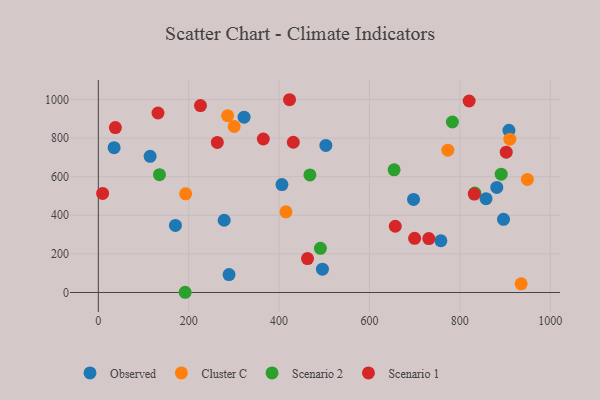
{"axis": {"x": "Price", "y": "Demand"}, "legend": ["Cluster C", "Observed", "Scenario 1", "Scenario 2"], "data": [{"x": "278.5", "y": 374.2, "type": "Observed"}, {"x": "881.7", "y": 544.3, "type": "Observed"}, {"x": "503.5", "y": 761.7, "type": "Observed"}, {"x": "34.9", "y": 750.5, "type": "Observed"}, {"x": "170.6", "y": 347.3, "type": "Observed"}, {"x": "857.9", "y": 486.0, "type": "Observed"}, {"x": "758.0", "y": 268.1, "type": "Observed"}, {"x": "896.6", "y": 379.0, "type": "Observed"}, {"x": "114.6", "y": 705.2, "type": "Observed"}, {"x": "697.5", "y": 482.1, "type": "Observed"}, {"x": "495.9", "y": 120.8, "type": "Observed"}, {"x": "322.5", "y": 908.4, "type": "Observed"}, {"x": "289.2", "y": 92.6, "type": "Observed"}, {"x": "406.3", "y": 559.2, "type": "Observed"}, {"x": "908.6", "y": 840.1, "type": "Observed"}, {"x": "935.6", "y": 44.8, "type": "Cluster C"}, {"x": "300.6", "y": 860.1, "type": "Cluster C"}, {"x": "910.6", "y": 794.3, "type": "Cluster C"}, {"x": "415.2", "y": 417.9, "type": "Cluster C"}, {"x": "949.4", "y": 585.8, "type": "Cluster C"}, {"x": "773.4", "y": 737.3, "type": "Cluster C"}, {"x": "286.2", "y": 915.9, "type": "Cluster C"}, {"x": "193.2", "y": 511.3, "type": "Cluster C"}, {"x": "192.1", "y": 1.1, "type": "Scenario 2"}, {"x": "135.3", "y": 610.3, "type": "Scenario 2"}, {"x": "783.5", "y": 883.4, "type": "Scenario 2"}, {"x": "891.5", "y": 613.0, "type": "Scenario 2"}, {"x": "654.5", "y": 635.7, "type": "Scenario 2"}, {"x": "833.1", "y": 514.9, "type": "Scenario 2"}, {"x": "468.2", "y": 608.9, "type": "Scenario 2"}, {"x": "491.4", "y": 228.8, "type": "Scenario 2"}, {"x": "263.3", "y": 777.3, "type": "Scenario 1"}, {"x": "423.1", "y": 998.7, "type": "Scenario 1"}, {"x": "820.5", "y": 992.0, "type": "Scenario 1"}, {"x": "431.4", "y": 778.4, "type": "Scenario 1"}, {"x": "699.9", "y": 280.4, "type": "Scenario 1"}, {"x": "226.0", "y": 968.6, "type": "Scenario 1"}, {"x": "462.9", "y": 175.6, "type": "Scenario 1"}, {"x": "365.1", "y": 795.3, "type": "Scenario 1"}, {"x": "731.3", "y": 279.4, "type": "Scenario 1"}, {"x": "831.8", "y": 510.0, "type": "Scenario 1"}, {"x": "9.5", "y": 513.4, "type": "Scenario 1"}, {"x": "902.6", "y": 726.7, "type": "Scenario 1"}, {"x": "37.7", "y": 854.4, "type": "Scenario 1"}, {"x": "657.1", "y": 343.3, "type": "Scenario 1"}, {"x": "132.0", "y": 929.8, "type": "Scenario 1"}]}